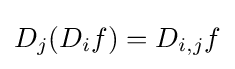
D_{j}(D_{i}f)=D_{i,j}f